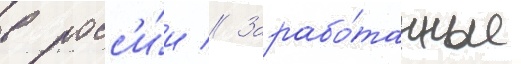
в росс'и́и // Зарабо́танные